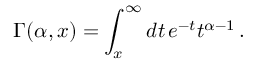
\Gamma ( \alpha , x ) = \int _ { x } ^ { \infty } d t \, e ^ { - t } t ^ { \alpha - 1 } \, .